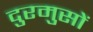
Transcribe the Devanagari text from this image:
दुरमुसों